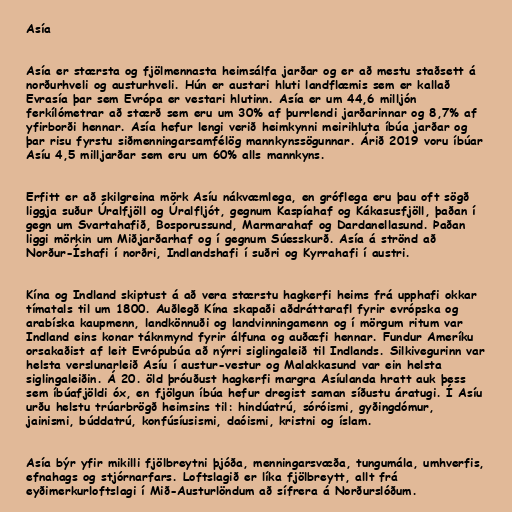
Asía

Asía er stærsta og fjölmennasta heimsálfa jarðar og er að mestu staðsett á
norðurhveli og austurhveli. Hún er austari hluti landflæmis sem er kallað
Evrasía þar sem Evrópa er vestari hlutinn. Asía er um 44,6 milljón
ferkílómetrar að stærð sem eru um 30% af þurrlendi jarðarinnar og 8,7% af
yfirborði hennar. Asía hefur lengi verið heimkynni meirihluta íbúa jarðar og
þar risu fyrstu siðmenningarsamfélög mannkynssögunnar. Árið 2019 voru íbúar
Asíu 4,5 milljarðar sem eru um 60% alls mannkyns.

Erfitt er að skilgreina mörk Asíu nákvæmlega, en gróflega eru þau oft sögð
liggja suður Úralfjöll og Úralfljót, gegnum Kaspíahaf og Kákasusfjöll, þaðan í
gegn um Svartahafið, Bosporussund, Marmarahaf og Dardanellasund. Þaðan
liggi mörkin um Miðjarðarhaf og í gegnum Súesskurð. Asía á strönd að
Norður-Íshafi í norðri, Indlandshafi í suðri og Kyrrahafi í austri.

Kína og Indland skiptust á að vera stærstu hagkerfi heims frá upphafi okkar
tímatals til um 1800. Auðlegð Kína skapaði aðdráttarafl fyrir evrópska og
arabíska kaupmenn, landkönnuði og landvinningamenn og í mörgum ritum var
Indland eins konar táknmynd fyrir álfuna og auðæfi hennar. Fundur Ameríku
orsakaðist af leit Evrópubúa að nýrri siglingaleið til Indlands. Silkivegurinn var
helsta verslunarleið Asíu í austur-vestur og Malakkasund var ein helsta
siglingaleiðin. Á 20. öld þróuðust hagkerfi margra Asíulanda hratt auk þess
sem íbúafjöldi óx, en fjölgun íbúa hefur dregist saman síðustu áratugi. Í Asíu
urðu helstu trúarbrögð heimsins til: hindúatrú, sóróismi, gyðingdómur,
jainismi, búddatrú, konfúsíusismi, daóismi, kristni og íslam.

Asía býr yfir mikilli fjölbreytni þjóða, menningarsvæða, tungumála, umhverfis,
efnahags og stjórnarfars. Loftslagið er líka fjölbreytt, allt frá
eyðimerkurloftslagi í Mið-Austurlöndum að sífrera á Norðurslóðum.